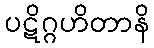
ပဋိဂ္ဂဟိတာနိ